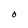
Character: 0